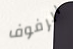
الرفوف